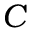
C